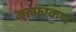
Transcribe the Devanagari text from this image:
अल्फाकण